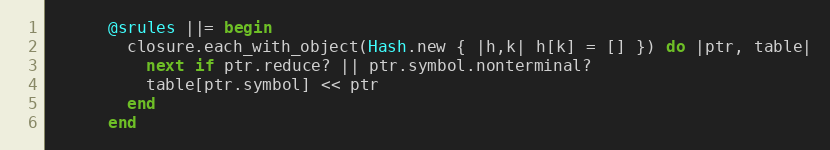
Language: Ruby
      @srules ||= begin
        closure.each_with_object(Hash.new { |h,k| h[k] = [] }) do |ptr, table|
          next if ptr.reduce? || ptr.symbol.nonterminal?
          table[ptr.symbol] << ptr
        end
      end